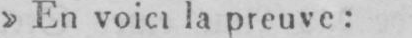
»En voici la preuve: